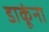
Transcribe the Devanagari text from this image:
डाकूंना